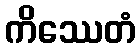
ကိဿေတံ